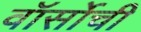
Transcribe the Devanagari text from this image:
वॉर्सोची